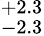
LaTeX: ^{+2.3}_{-2.3}